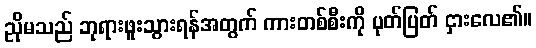
ညိုမသည် ဘုရားဖူးသွားရန်အတွက် ကားတစ်စီးကို ပုတ်ပြတ် ငှားလေ၏။